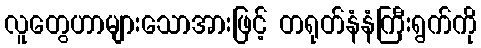
လူတွေဟာများသောအားဖြင့် တရုတ်နံနံကြီးရွက်ကို